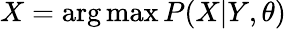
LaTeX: X=\arg\operatorname*{max}P(X|Y,\theta)